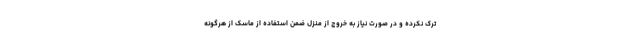
ترک نکرده و در صورت نیاز به خروج از منزل ضمن استفاده از ماسک از هرگونه